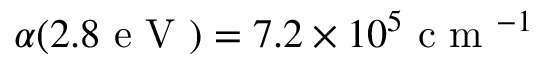
\alpha ( 2 . 8 \mathrm { ~ e ~ V ~ } ) = 7 . 2 \times 1 0 ^ { 5 } \mathrm { ~ c ~ m ~ } ^ { - 1 }